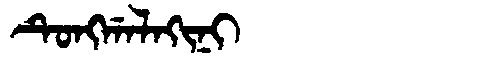
Manchu: ᡨᡠᠩᡤᠠᠯᠠᡴᡳᠨᡳ
Romanization: TUNGGALAKINI